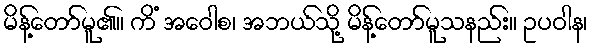
မိန့်တော်မူ၏။ ကိံ အဝေါစ၊ အဘယ်သို့ မိန့်တော်မူသနည်း။ ဥပဝါန၊